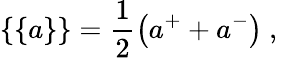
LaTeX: \{ \{ a\} \} =\frac{1}{2}\big(a^{+}+a^{-}\big)\mathrm{~,~}